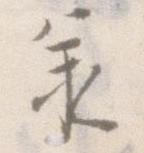
承